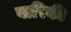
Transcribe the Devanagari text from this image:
बारिकी